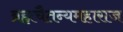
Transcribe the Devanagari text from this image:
ब्रह्मचैतन्यमहाराज